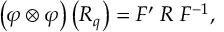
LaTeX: \left( \varphi \otimes \varphi \right) \left( R _ { q } \right) = F ^ { \prime } \; R \; F ^ { - 1 } ,